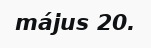
május 20.